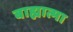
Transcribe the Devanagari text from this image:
बाह्यात्मा